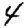
Digit: 4